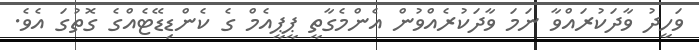
ވަހީދު ވާދަކުރައްވާ ނަމަ ވާދަކުރެއްވުން އެންމެގާތީ ޕީޕީއެމް ގެ ކެންޑިޑޭޓެއްގެ ގޮތުގަ އެވެ.